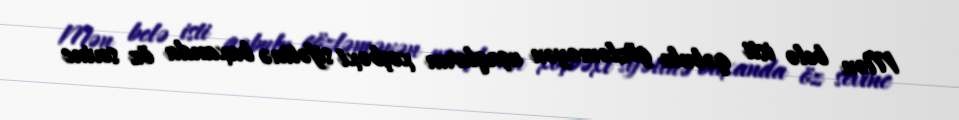
Mən belə isti qəbulu gözləməyən uşaqların xoşbəxt sifətinə baxanda öz sevinc